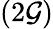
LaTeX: (2\mathcal{G})